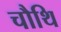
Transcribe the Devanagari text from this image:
चौथि